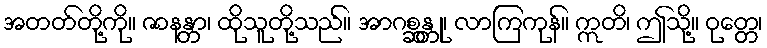
အတတ်တို့ကို။ ဇာနန္တာ၊ ထိုသူတို့သည်။ အာဂစ္ဆန္တု၊ လာကြကုန်။ ဣတိ၊ ဤသို့။ ဝုတ္တေ၊